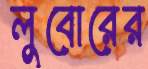
লুবোরের